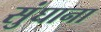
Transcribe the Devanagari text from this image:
सुंघाना